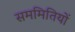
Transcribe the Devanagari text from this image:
सममितियों